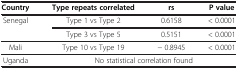
| Country | Type repeats correlated | rs | P value |
 | --- | --- | --- | --- |
 | <ROWSPAN=2> Senegal | Type 1 vs Type 2 | 0.6158 | < 0.0001 |
 | Type 3 vs Type 5 | 0.5151 | < 0.0001 |
 | Mali | Type 10 vs Type 19 | − 0.8945 | < 0.0001 |
 | Uganda | <COLSPAN=3> No statistical correlation found |